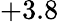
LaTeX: +3.8